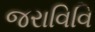
જરાવિવિ